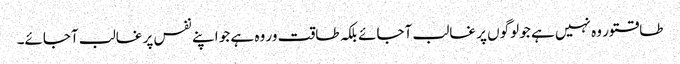
طاقتور وہ نہیں ہے جو لوگوں پر غالب آجائے بلکہ طاقت ور وہ ہے جو اپنے نفس پر غالب آجائے۔